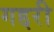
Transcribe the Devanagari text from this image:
गद्दरी